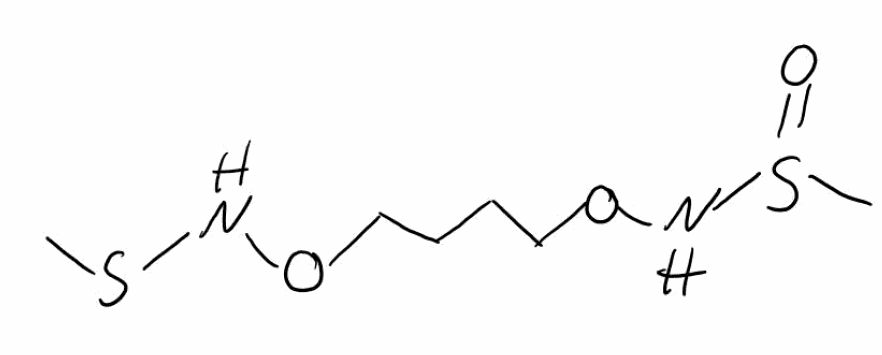
Simplified molecular-input line-entry system (SMILES) notation of the given molecule:
CS(=O)NOCCCCONS(=O)C